Report on the administration of the Government Cinchona Department 1892-98
Year: 1892
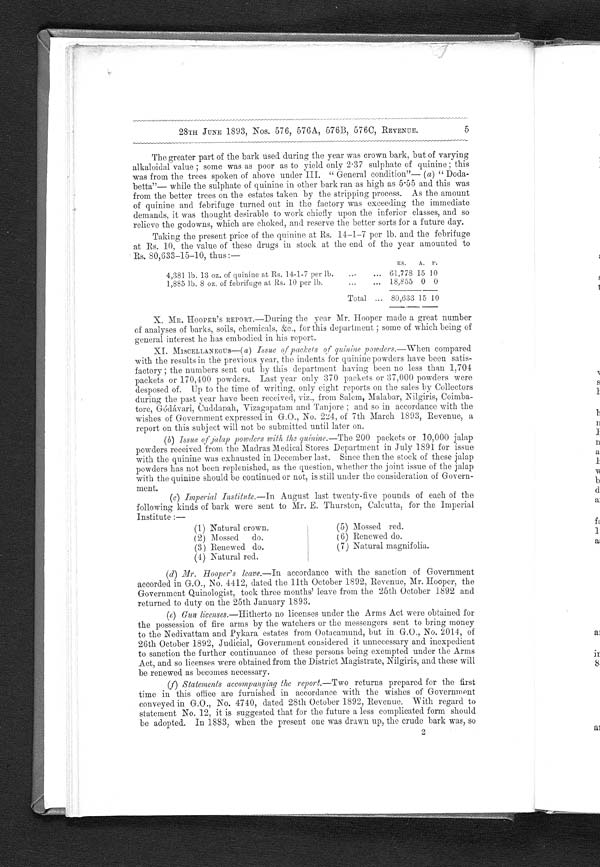
4
28TH JUNE 1893, Nos. 576, 576A, 576B, 576C, REVENUE.
At the close of the last year, there remained in stock 416,858 lb. of barkMysore Durbar ,
making in all 536,341 lb. Of this quantity 173,992 lb. were disposed of during
the year as follows :—
Used in the factory for the manufacture of quinine and febrifuge.
LB.
171,717
Sold to the Medical Stores Department, Madras ...
.. . .. ...
1,000
Bombay ...
. . .
. . .
8 0 0
Sold to the Mysore Durbar ...
...
...
...
...
300
Supplied to the Imperial Institute ...
...
...
...
175
Total ... 173,992
and there remained in stock at the end of the year 362,349 lb.
VIII. BUILDINGS .—All the buildings on the several estates have had the neces--
sary annual repairs executed, and the total outlay thereon was Rs. 1,098-0-5, detailed
thus :—
RS.
Dodabetta . . .
. . .
. . .
. . .
. . .
. . .
. . .
146
A.
6
P.
6
Nedivattam ...
...
...
...
...
•••
•••
. . .. 801 7 0
Pykara
...
...
...
•••
...
...
...
... 150 2 11
Total ... 1,098 0 5
IX. FACTORY.—The work in the factory was carried on continuously during the
whole year, with the exception of a month in the autumn when fuel for the boilers fell
short, and for three weeks in January when the place was closed for the Christmas
holidays and some alterations which had to be made in the machinery and other plant.
In July last, the Carter's Disintegrator used at Nedivattam for grinding bark was
broken, and though the leading firms at Calcutta and Bombay were telegraphed to, a
new one could not be procured in India ; but Messrs. Richardson and Cruddas of
Bombay wrote to say that they had a "Devil Disintegrator," which they thought
might answer the purpose of a " Carter's." Under the sanction of Government
accorded in G.O., No. 3294 of 20th July 1892, Revenue, the Director proceeded to
Bombay, but after seeing the " Devil Disintegrator " at work, it was found that it
would not be suitable for the requirements of this department, as the bark turned out
by it was of too coarse a quality and was also charred. The broken parts of the
disintegrator were then sent for and there and then mended by Messrs. Richardson
and Cruddas and taken back to Ootacamund
During the past year, 4.933 lb. of sulphate of quinine were manufactured at the
fact ory at Nedi vat t am. At t he cl ose of t he previ ous year, t here was i n st ock 2, 652 l b.
10 oz., making in all 7,585 lb. 10 oz. ; of this quantity 3,203 lb. 13 oz. were disposed of
as follows :—
LB.
Issued to the Medical Stores Department ,: Madras
... 2,090
oz.
0
..,
Bombay . . .950 0
"
"
Mysore
...
100
33
0
Sold to private parties.
. . .
31 15½,-
Made up into powders for issue to Collectors in paper packets
121 13½
Total ... 3,203 13
and there remained in stock at the end of the year 4,381 lb. 13 oz.
Of febrifuge there was manufactured during the year 3,139 lb. and there remained
in stock at the end of last year 1,355 lb., making in all 4,494 lb. ; of this 2,608 lb.
8 oz. were disposed of detailed thus :—
LB.
Issued to the Madras Medical Stores
...
...
. . .
. . .
1 , 6 0 0
OZ.
0
Issued to the Bombay Medical Stores Department
...
... 1,000 0
Sold to private parties ... ... . . . ••• . . . 8
8
Total ... 2,608 8
and there remained in stock at the end of the year 1,885 lb. S oz.